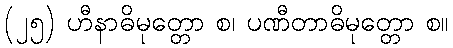
(၂၅) ဟီနာဓိမုတ္တော စ၊ ပဏီတာဓိမုတ္တော စ။